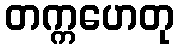
တက္ကဟေတု